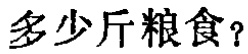
多少斤粮食？